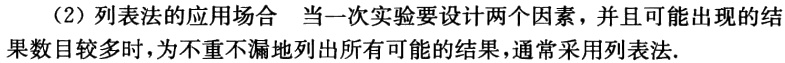
（2）列表法的应用场合 当一次实验要设计两个因素，并且可能出现的结果数目较多时，为不重不漏地列出所有可能的结果，通常采用列表法.